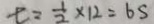
t = \frac { 1 } { 2 } \times 1 2 = 6 S